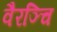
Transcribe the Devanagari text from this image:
वैरञ्चि